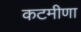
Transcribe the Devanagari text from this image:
कटमीणा